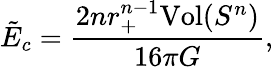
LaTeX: \tilde{E}_{c}=\frac{2nr_{+}^{n-1}\mathrm{Vol}(S^{n})}{16\pi G},